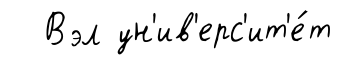
Вэл ун'ив'ерс'ит'е́т